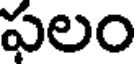
ఫలం